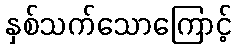
နှစ်သက်သောကြောင့်